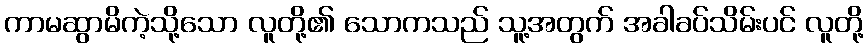
ကာမဆွာမိကဲ့သို့သော လူတို့၏ သောကသည် သူ့အတွက် အခါခပ်သိမ်းပင် လူတို့